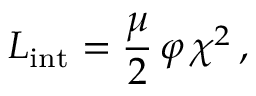
{ \cal L } _ { \mathrm { i n t } } = \frac { \mu } { 2 } \, \varphi \, \chi ^ { 2 } \, ,